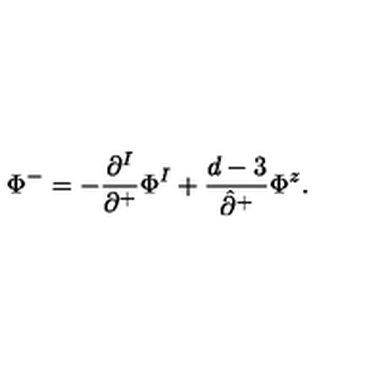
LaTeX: \Phi ^ { - } = - \frac { \partial ^ { I } } { \partial ^ { + } } \Phi ^ { I } + \frac { d - 3 } { \hat { \partial } ^ { + } } \Phi ^ { z } .